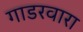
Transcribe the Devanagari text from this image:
गाडरवारा